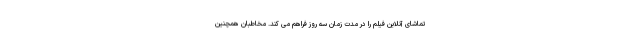
تماشای آنلاین فیلم را در مدت زمان سه روز فراهم می کند. مخاطبان همچنین